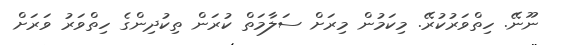
ނޫނޭ. ހިތްވަރުކުރޭ. މިކަމުން މިރަށް ސަލާމަތް ކުރަން ތިކުދިންގެ ހިތްވަރު ވަރަށް